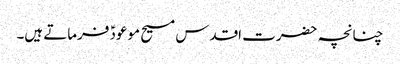
چنانچہ حضرت اقدس مسیح موعودؑ فرماتے ہیں۔